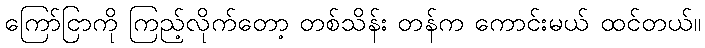
ကြော်ငြာကို ကြည့်လိုက်တော့ တစ်သိန်း တန်က ကောင်းမယ် ထင်တယ်။